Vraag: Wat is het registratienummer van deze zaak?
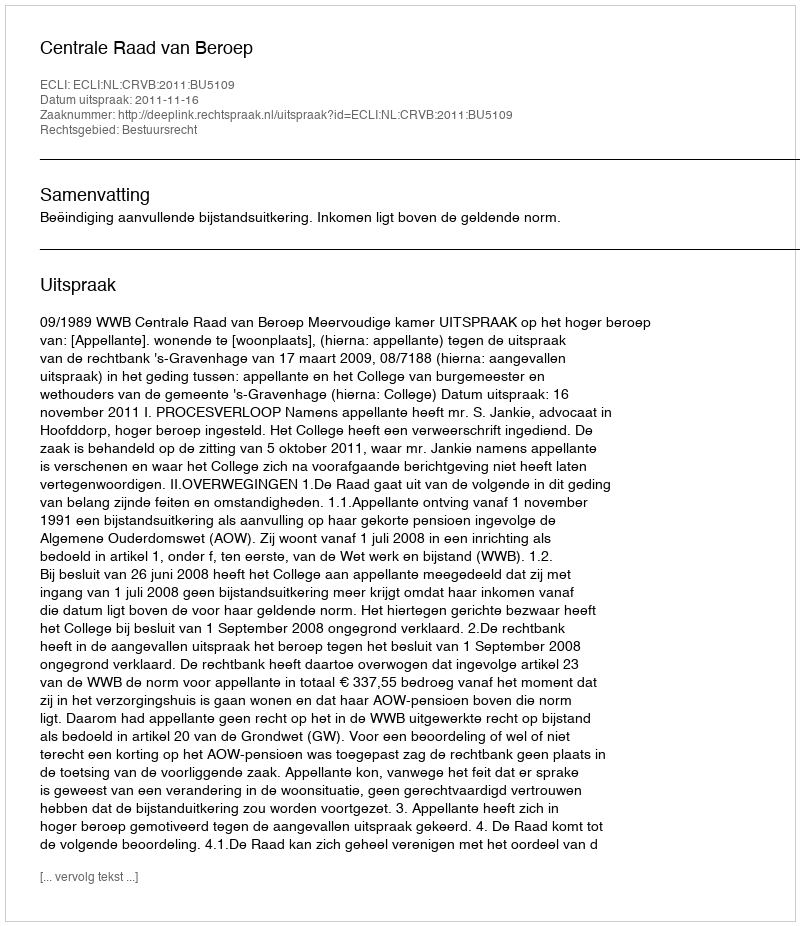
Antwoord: http://deeplink.rechtspraak.nl/uitspraak?id=ECLI:NL:CRVB:2011:BU5109